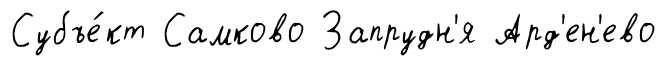
Субъе́кт Самково Запрудн'я Ард'ен'ево